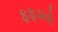
ફફડાવો